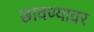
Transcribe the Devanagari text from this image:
छावण्यावर